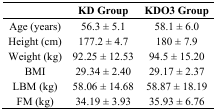
<table><thead><tr><td></td><td><b>KD Group</b></td><td><b>KDO3 Group</b></td></tr></thead><tbody><tr><td>Age (years)</td><td>56.3 ± 5.1</td><td>58.1 ± 6.0</td></tr><tr><td>Height (cm)</td><td>177.2 ± 4.7</td><td>180 ± 7.9</td></tr><tr><td>Weight (kg)</td><td>92.25 ± 12.53</td><td>94.5 ± 15.20</td></tr><tr><td>BMI</td><td>29.34 ± 2.40</td><td>29.17 ± 2.37</td></tr><tr><td>LBM (kg)</td><td>58.06 ± 14.68</td><td>58.87 ± 18.19</td></tr><tr><td>FM (kg)</td><td>34.19 ± 3.93</td><td>35.93 ± 6.76</td></tr></tbody></table>